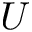
\boldsymbol U